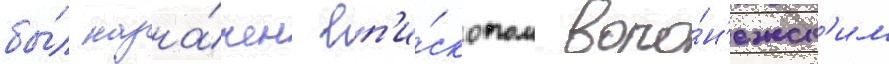
бы́л назна́чен еп'и́скопом воро́н'ежск'им